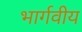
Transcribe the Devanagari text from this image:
भार्गवीय